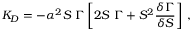
K _ { D } = - \alpha ^ { 2 } S \ \Gamma \left[ 2 S \ \Gamma + S ^ { 2 } \frac { \delta \Gamma } { \delta S } \right] \, ,